Vaccination in Bombay 1924-1928 - 1924-1928
Year: 1924
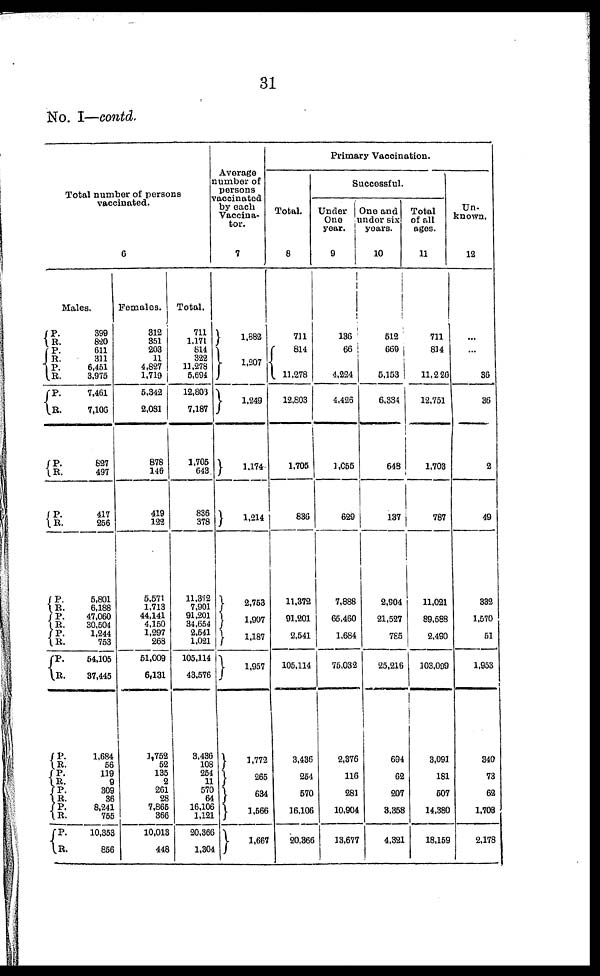
31
No. I—contd.
Total number of persons
vaccinated.
6
Males.
P.
R.
P.
R.
P.
R.
P.
R.
P.
R.
P.
R.
P.
R.
P.
R.
P.
R.
P.
R.
P. R.
P.
R. P.
R.
P.
R.
P. R.
399
820
611
311
6,451
3,975
7,461
7,106
827
497
417
256
5,801
6,188
47,060
30,504
1,244
753
54,105
37,445
1,684
56
119
9
309
36
8,241
755
10,353
856
Females.
312
351
203
11
4,827
1,719
5,342
2,081
878
146
419
122
5,571
1,713
44,141
4,150
1,297
268
51,009
6,131
1,752
52
135
2
261
28
7,865
366
10,013
448
Total.
711
1,171
814
322
11,278
5,694
12,803
7,187
1,705
643
836
378
11,372
7,901
91,201
34,654
2,541
1,021
105,114
43,576
3,436
108
254
11
570
64
16,106
1,121
20,366
1,304
Average
number of
persons
vaccinated
by each
Vaccina¬
tor.
7
1,882
1,207
1,249
1,174
1,214
2,763
1,907
1,187
1,957
1,772
265
634
1,566
1,667
Primary Vaccination.
Total.
8
711
814
11,278
12,803
1,705
836
11,372
91,201
2,541
105,114
3,436
254
570
16,106
20,366
Successful.
Under
One
year.
9
136
66
4,224
4,426
1,055
629
7,888
65,460
1,684
75,032
2,376
116
281
10,904
13,677
One and
under six
years.
10
512
669
5,153
6,334
648
137
2,904
21,527
785
25,216
694
62
207
3,358
4,321
Total
of all
ages.
11
711
814
11,226
12,751
1,703
787
11,021
89,588
2,490
103,009
3,091
181
507
14,380
18,159
Un¬
known.
12
...
...
36
36
2
49
332
1,570
51
1,953
340
73
62
1,706
2,178